Vaccination in the Punjab 1883-1896 - 1883-1896
Year: 1883
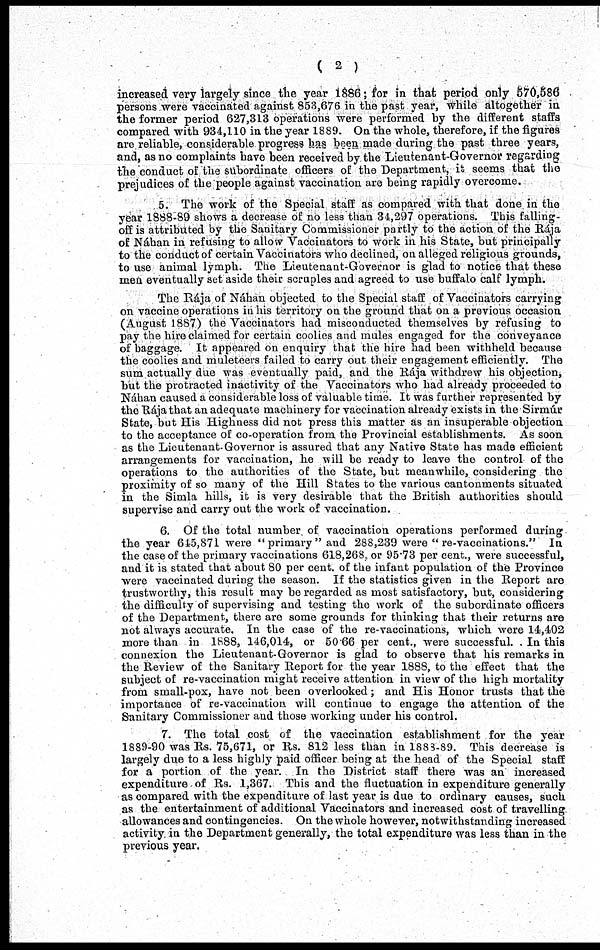
( 2 )
increased very largely since the year 1886; for in that period only 570,586
persons were vaccinated against 853,676 in the past year, while altogether in
the former period 627,313 operations were performed by the different staffs
compared with 934,110 in the year 1889. On the whole, therefore, if the figures
are reliable, considerable progress has been made during the past three years,
and, as no complaints have been received by the Lieutenant-Governor regarding
the conduct of the subordinate officers of the Department, it seems that the
prejudices of the people against vaccination are being rapidly overcome.
5. The work of the Special staff as compared with that done, in the
year 1888-89 shows a decrease of no less than 34,297 operations. This falling-
off is attributed by the Sanitary Commissioner partly to the action of the Rája
of Náhan in refusing to allow Vaccinators to work in his State, but principally
to the conduct of certain Vaccinators who declined, on alleged religious grounds,
to use animal lymph. The Lieutenant-Governor is glad to notice that these
men eventually set aside their scruples and agreed to use buffalo calf lymph.
The Rája of Náhan objected to the Special staff of Vaccinators carrying
on vaccine operations in his territory on the ground that on a previous occasion
(August 1887) the Vaccinators had misconducted themselves by refusing to
pay the hire claimed for certain coolies and mules engaged for the conveyance
of baggage. It appeared on enquiry that the hire had been withheld because
the coolies and muleteers failed to carry out their engagement efficiently. The
sum actually due was eventually paid, and the Rája withdrew his objection,
but the protracted inactivity of the Vaccinators who had already proceeded to
Náhan caused a considerable loss of valuable time. It was further represented by
the Rája that an adequate machinery for vaccination already exists in the Sirmúr
State, but His Highness did not press this matter as an insuperable objection
to the acceptance of co-operation from the Provincial establishments. As soon
as the Lieutenant. Governor is assured that any Native State has made efficient
arrangements for vaccination, he will be ready to leave the control of the
operations to the authorities of the State, but meanwhile, considering the
proximity of so many of the Hill States to the various cantonments situated
in the Simla hills, it is very desirable that the British authorities should
supervise and carry out the work of vaccination.
6. Of the total number, of vaccination operations performed during
the year 645,871 were "primary" and 288,239 were " re-vaccinations." In
the case of the primary vaccinations 618,268, or 95.73 per cent., were successful,
and it is stated that about 80 per cent. of the infant population of the Province
were vaccinated during the season. If the statistics given in the Report are
trustworthy, this result may be regarded as most satisfactory, but, considering
the difficulty of supervising and testing the work of the subordinate officers
of the Department, there are some grounds for thinking that their returns are
not always accurate. In the case of the re-vaccinations, which were 14,402
more than in 1888, 146,014, or 50.66 per cent., were successful. In this
connexion the Lieutenant-Governor is glad to observe that his remarks in
the Review of the Sanitary Report for the year 1888, to the effect that the
subject of re-vaccination might receive attention in view of the high mortality
from small-pox, have not been overlooked; and His Honor trusts that the
importance of re-vaccination will continue to engage the attention of the
Sanitary Commissioner and those working under his control.
7. The total cost of the vaccination establishment for the year
1889-90 was Rs. 75,671, or Rs. 812 less than in 1883-89. This decrease is
largely due to a less highly paid officer being at the head of the Special staff
for a portion of the year. In the District staff there was an increased
expenditure. of Rs. 1,367. This and the fluctuation in expenditure generally
as compared with the expenditure of last year is due to ordinary causes, such
as the entertainment of additional Vaccinators and increased cost of travelling
allowances and contingencies. On the whole however, notwithstanding increased
activity in the Department generally, the total expenditure was less than in the
previous year.